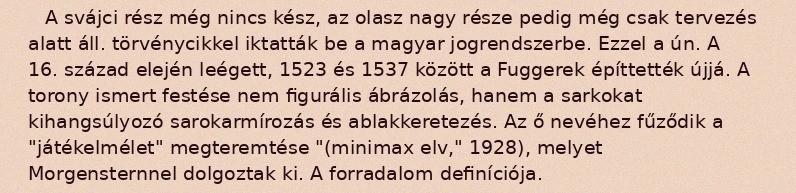
A svájci rész még nincs kész, az olasz nagy része pedig még csak tervezés alatt áll. törvénycikkel iktatták be a magyar jogrendszerbe. Ezzel a ún. A 16. század elején leégett, 1523 és 1537 között a Fuggerek építtették újjá. A torony ismert festése nem figurális ábrázolás, hanem a sarkokat kihangsúlyozó sarokarmírozás és ablakkeretezés. Az ő nevéhez fűződik a "játékelmélet" megteremtése "(minimax elv," 1928), melyet Morgensternnel dolgoztak ki. A forradalom definíciója.